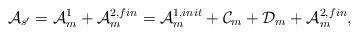
LaTeX: \begin{align*} \mathcal{A}_{s'} = \mathcal{A}^1_m + \mathcal{A}^{2,fin}_m = \mathcal{A}^{1,init}_m + \mathcal{C}_m + \mathcal{D}_m + \mathcal{A}^{2,fin}_m,\end{align*}